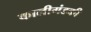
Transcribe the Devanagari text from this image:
कालीगंडकी